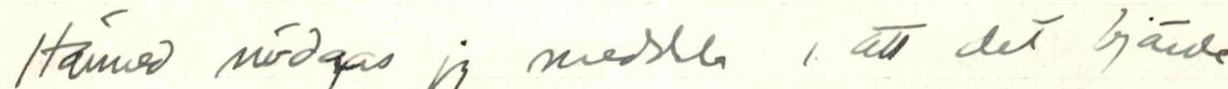
Härmed nödgas jg meddla, att det björde